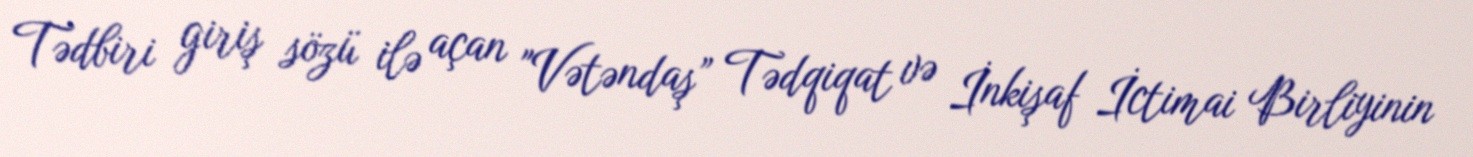
Tədbiri giriş sözü ilə açan "Vətəndaş” Tədqiqat və İnkişaf İctimai Birliyinin